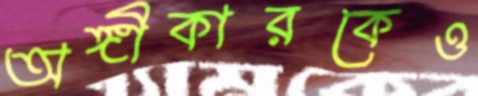
অঙ্গীকারকেও